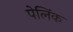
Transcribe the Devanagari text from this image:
पेलिंक